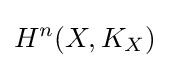
H^{n}(X,K_{X})